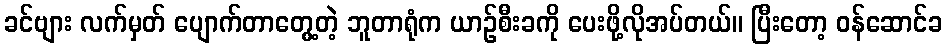
ခင်ဗျား လက်မှတ် ပျောက်တာတွေ့တဲ့ ဘူတာရုံက ယာဉ်စီးခကို ပေးဖို့လိုအပ်တယ်။ ပြီးတော့ ဝန်ဆောင်ခ